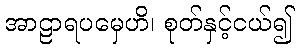
အာဠာရပမှေဟိ၊ စုတ်နှင့်ငယ်၍